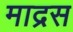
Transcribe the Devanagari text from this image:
माद्रस